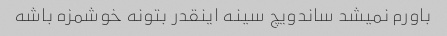
باورم نمیشد ساندویچ سینه اینقدر بتونه خوشمزه باشه